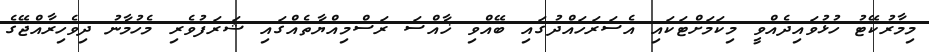
މިމާރުކޭޓު ހުޅުވައިދެއްވީ މިކަމަށްޓަކައި އެސަރަހައްދުގައި ބޭއްވި ޚާއްސަ ރަސްމިއްޔާތެއްގައި ޝަރަފުވެރި މެހުމާނު ދިވެހިރާއްޖޭގެ